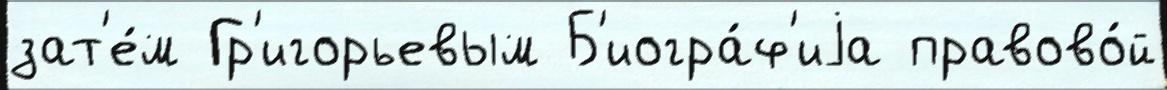
зат'е́м Гр'игорьевым Б'иогра́ф'иjа правово́й